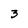
Character: 3